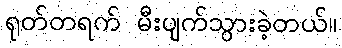
ရုတ်တရက် မီးပျက်သွားခဲ့တယ်။